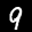
Label: 9